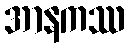
အာနကဿ